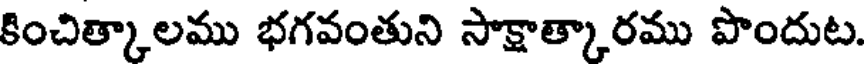
కించిత్కాలము భగవంతుని సాక్షాత్కారము పొందుట.